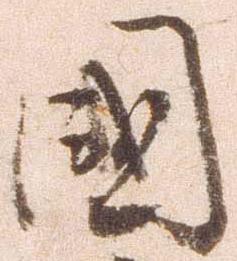
国